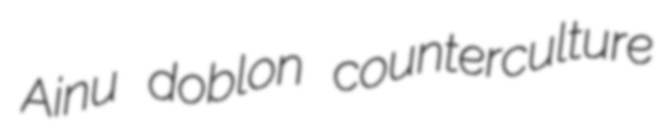
Ainu doblon counterculture